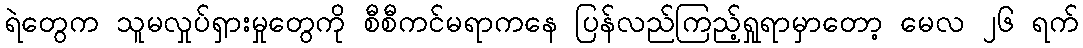
ရဲတွေက သူမလှုပ်ရှားမှုတွေကို စီစီကင်မရာကနေ ပြန်လည်ကြည့်ရှုရာမှာတော့ မေလ ၂၆ ရက်